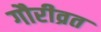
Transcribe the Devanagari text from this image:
गौरीव्रत